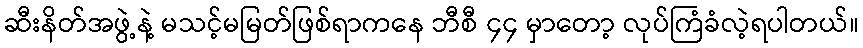
ဆီးနိတ်အဖွဲ့နဲ့ မသင့်မမြတ်ဖြစ်ရာကနေ ဘီစီ ၄၄ မှာတော့ လုပ်ကြံခံလဲ့ရပါတယ်။